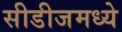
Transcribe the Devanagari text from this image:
सीडीजमध्ये